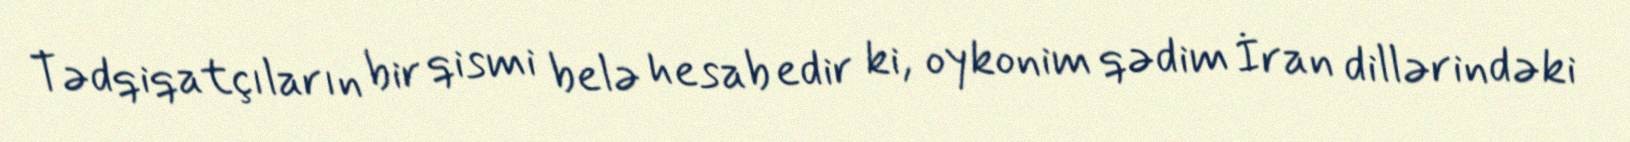
Tədqiqatçıların bir qismi belə hesab edir ki, oykonim qədim İran dillərindəki